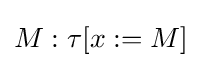
M:\tau [x:=M]